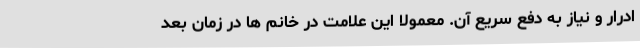
ادرار و نیاز به دفع سریع آن. معمولا این علامت در خانم ها در زمان بعد